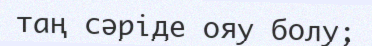
таң сәріде ояу болу;